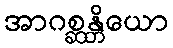
အာဂစ္ဆန္တိယော